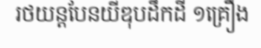
រថយន្តបែនយីឌុបដឹកដី ១គ្រឿង